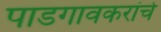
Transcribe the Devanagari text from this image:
पाडगावकरांचे